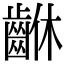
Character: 𪘆